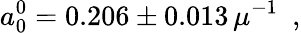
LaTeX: a_{0}^{0}=0.206\pm 0.013\, \mu^{-1}\enspace,